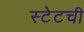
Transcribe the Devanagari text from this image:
स्टेटची